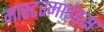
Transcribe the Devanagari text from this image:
मास्टरमाइंड्स